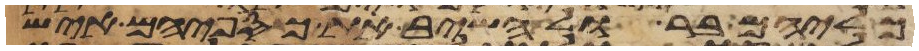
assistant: כליהם בר ולהשיב את כספיהם איש